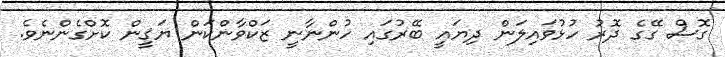
ގޮސް ގޭގެ ދޮރު ހުޅުވައިލަން ދިޔައީ ބޭރުގައި ހުންނާނީ ޒަކްވާންކަން ޔަޤީން ކޮށްގެންނެވެ.